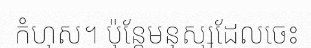
កំហុស។ ប៉ុន្តែមនុស្សដែលចេះ